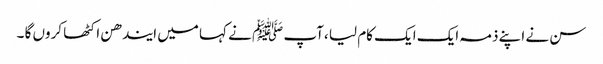
سن نے اپنے ذمہ ایک ایک کام لیا ،آپ ﷺ نے کہا میں ایندھن اکٹھا کروں گا ۔